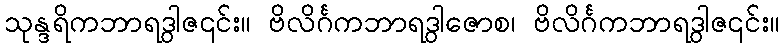
သုန္ဒရိကဘာရဒွါဇ၎င်း။ ဗိလိင်္ဂကဘာရဒွါဇောစ၊ ဗိလိင်္ဂကဘာရဒွါဇ၎င်း။